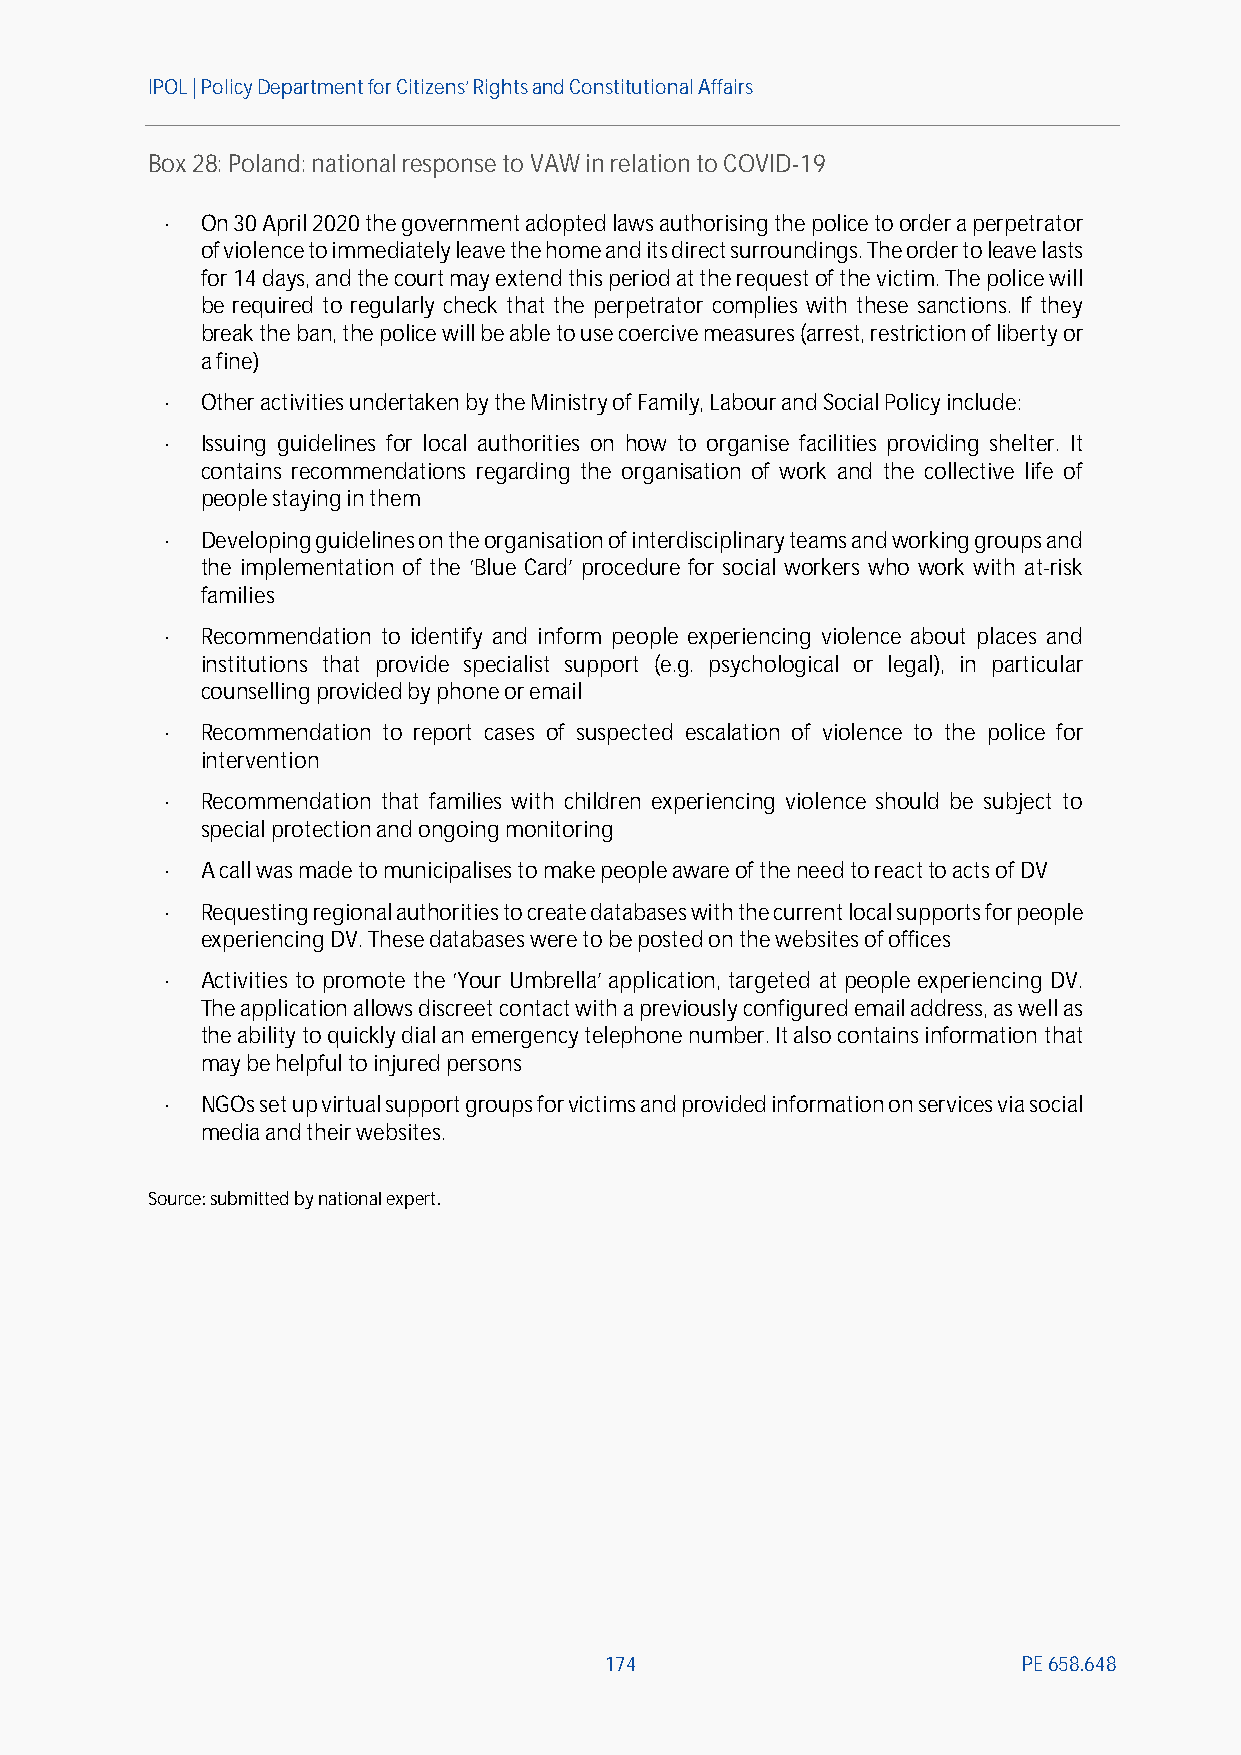
IPOL | Policy Departmentfor Citizens’ Rights and Constitutional Affairs
 Box28:Poland: national response to VAW in relation to COVID-19
  On 30 April 2020 the government adopted laws authorising the police to order a perpetrator
 of violence to immediately leave the home and its direct surroundings. The order to leave lasts
 for 14 days, and the court may extend this period at the request of the victim. The police will
 be required to regularly check that the perpetrator complies with these sanctions. If they
 break the ban, the police will be able to use coercive measures (arrest, restriction of liberty or
 a fine)
  Other activities undertaken by the Ministry of Family, Labour and Social Policy include:
  Issuing guidelines for local authorities on how to organise facilities providing shelter. It
 contains recommendations regarding the organisation of work and the collective life of
 people staying in them
  Developing guidelines on the organisation of interdisciplinary teams and working groups and
 the implementation of the ‘Blue Card’ procedure for social workers who work with at-risk
 families
  Recommendation to identify and inform people experiencing violence about places and
 institutions that provide specialist support (e.g. psychological or legal), in particular
 counselling provided by phone or email
  Recommendation to report cases of suspected escalation of violence to the police for
 intervention
  Recommendation that families with children experiencing violence should be subject to
 special protection and ongoing monitoring
  A call was made to municipalises to make people aware of the need to reactto acts of DV
  Requesting regional authorities to create databases with the current local supports for people
 experiencing DV. These databases were to be posted on the websites of offices
  Activities to promote the ‘Your Umbrella’ application, targeted at people experiencing DV.
 The application allows discreet contact with a previously configured email address, as well as
 the ability to quickly dial an emergency telephone number. It also contains information that
 may be helpful to injured persons
  NGOs set up virtual support groups for victims and provided information on services via social
 media and their websites.
 Source:submitted by national expert.
 174                         PE658.648